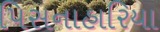
પિસનાહારિયા